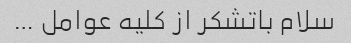
سلام باتشکر از کلیه عوامل …